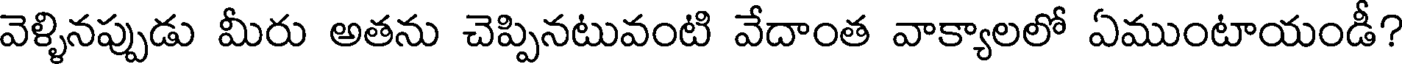
వెళ్ళినప్పుడు మీరు అతను చెప్పినటువంటి వేదాంత వాక్యాలలో ఏముంటాయండీ?